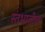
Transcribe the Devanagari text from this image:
स्तंभातील